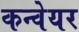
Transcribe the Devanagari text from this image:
कन्‍वेयर